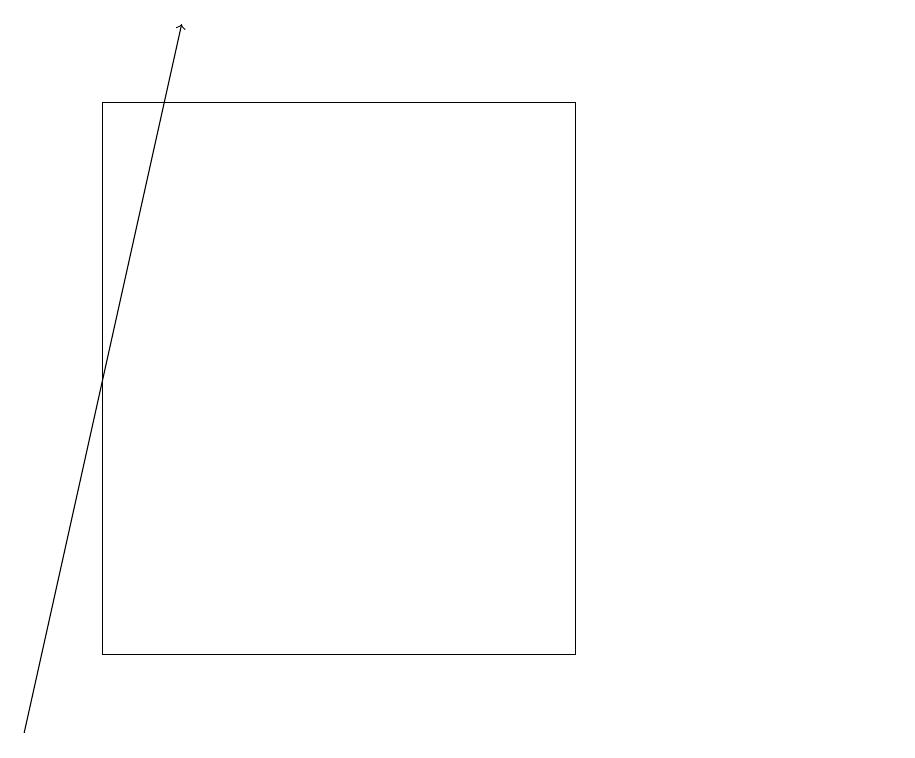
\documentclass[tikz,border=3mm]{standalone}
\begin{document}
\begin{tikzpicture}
\draw (11,11) circle (0);
\draw (1,18) rectangle (7,11);
\draw[->] (0,10) -- (2,19);
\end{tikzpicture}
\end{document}